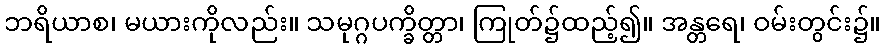
ဘရိယာစ၊ မယားကိုလည်း။ သမုဂ္ဂပက္ခိတ္တာ၊ ကြုတ်၌ထည့်၍။ အန္တရေ၊ ဝမ်းတွင်း၌။